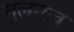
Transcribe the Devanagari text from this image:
मूलतत्वे